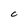
Character: C